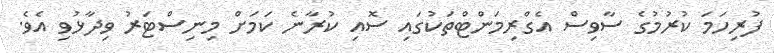
ފުރިހަމަ ކުރުމުގެ ސާވިސް އެގްރިމަންޓްތަކުގައި ސޮއި ކުރާނެ ކަމަށް މިނިސްޓަރު ވިދާޅުވި އެވެ.